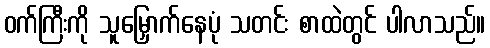
ဝက်ကြီးကို သူမြှောက်နေပုံ သတင်း စာထဲတွင် ပါလာသည်။